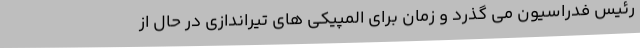
رئیس فدراسیون می گذرد و زمان برای المپیکی های تیراندازی در حال از